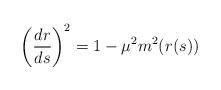
\begin{align*}\left(\frac{dr}{ds}\right)^2 =1-\mu^2m^2(r(s))\end{align*}